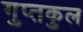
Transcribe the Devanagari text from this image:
गुप्तकुल